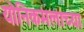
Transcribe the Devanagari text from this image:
योनिकमलाच्या